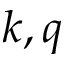
k , q